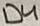
Text: D4